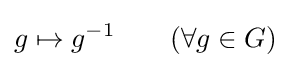
g\mapsto g^{-1}\qquad (\forall g\in G)